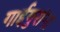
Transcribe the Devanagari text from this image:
गाईगुरांना